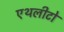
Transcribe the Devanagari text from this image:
एथलीटो